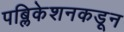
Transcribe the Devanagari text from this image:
पब्लिकेशनकडून